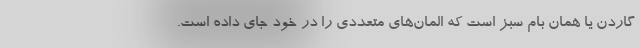
گاردن یا همان بام سبز است که المان‌های متعددی را در خود جای داده است.